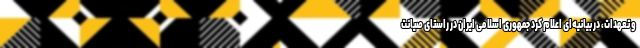
و تعهدات، در بیانیه‌ای اعلام کرد جمهوری اسلامی ایران در راستای صیانت